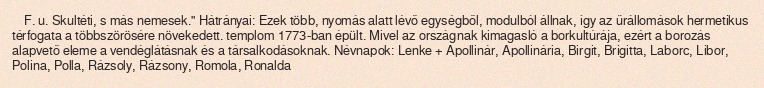
F. u. Skultéti, s más nemesek." Hátrányai: Ezek több, nyomás alatt lévő egységből, modulból állnak, így az űrállomások hermetikus térfogata a többszörösére növekedett. templom 1773-ban épült. Mivel az országnak kimagasló a borkultúrája, ezért a borozás alapvető eleme a vendéglátásnak és a társalkodásoknak. Névnapok: Lenke + Apollinár, Apollinária, Birgit, Brigitta, Laborc, Libor, Polina, Polla, Rázsoly, Rázsony, Romola, Ronalda